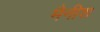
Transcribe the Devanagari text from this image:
मैनीश